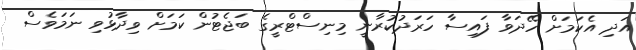
އަދި އެކަމަށް ހޭދަވާ ފައިސާ ހަރަދުކުރާނީ މިނިސްޓްރީގެ ބަޖެޓުން ކަމަށް ވިދާޅުވި ނަމަވެސް